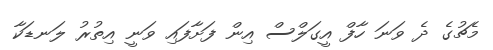
މެޗުގެ ދެ ވަނަ ހާފް އީގަލްސް އިން ފަށާފައި ވަނީ އިތުރު ލަނޑަކާ